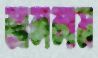
জাললাম